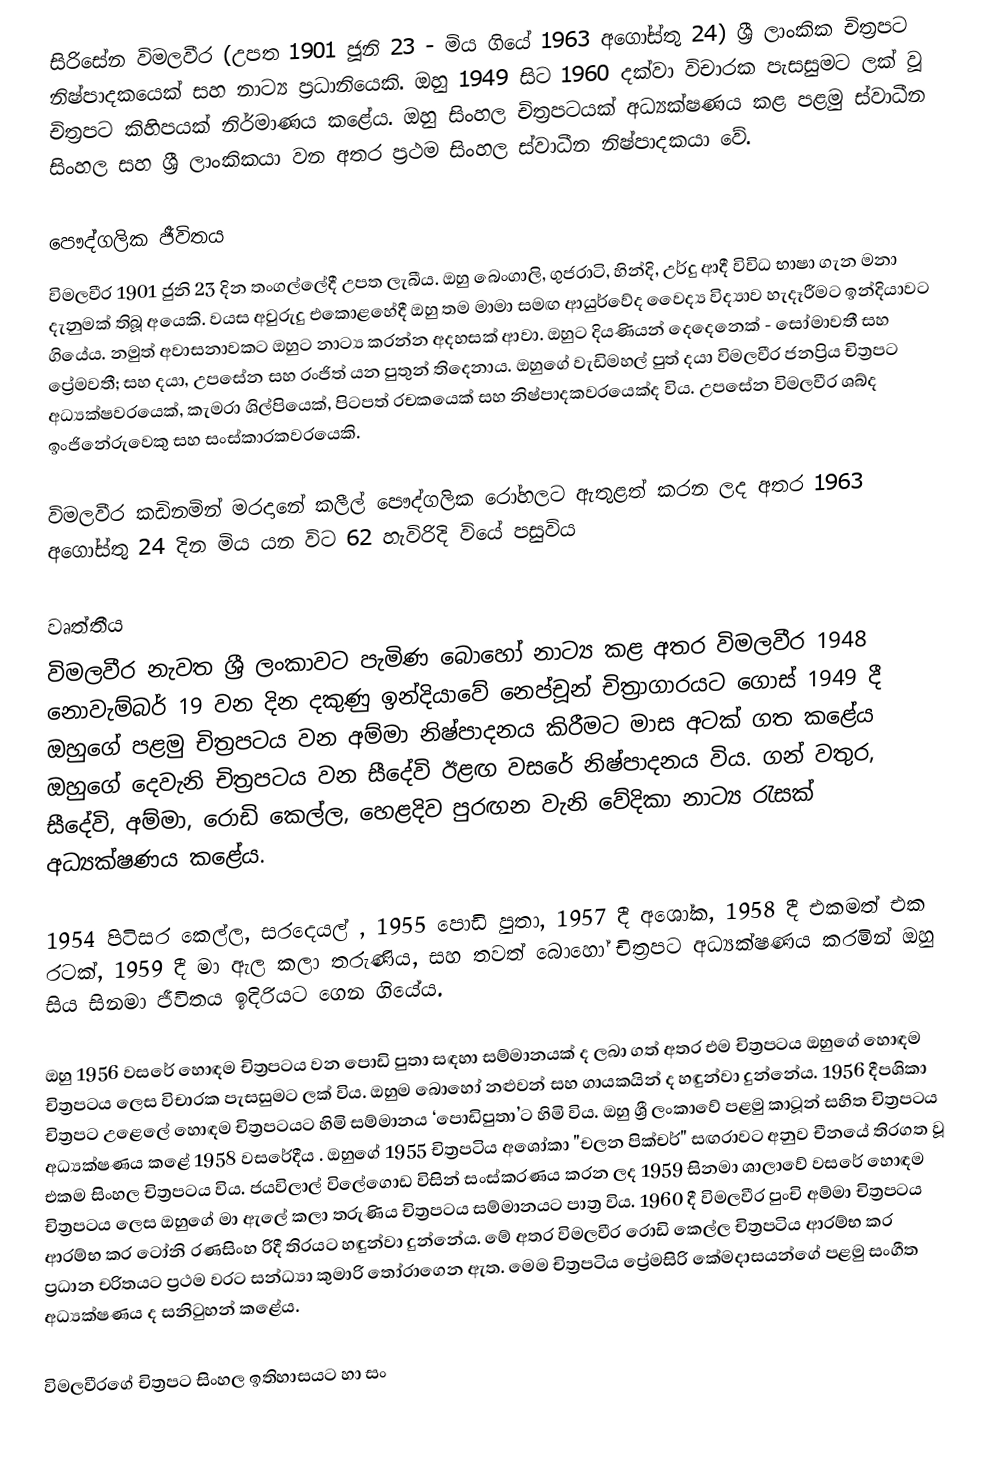
සිරිසේන විමලවීර (උපත 1901 ජූනි 23 - මිය ගියේ 1963 අගෝස්තු 24) ශ්‍රී ලාංකික චිත්‍රපට නිෂ්පාදකයෙක් සහ නාට්‍ය ප්‍රධානියෙකි. ඔහු 1949 සිට 1960 දක්වා විචාරක පැසසුමට ලක් වූ චිත්‍රපට කිහිපයක් නිර්මාණය කළේය. ඔහු සිංහල චිත්‍රපටයක් අධ්‍යක්ෂණය කළ පළමු ස්වාධීන සිංහල සහ ශ්‍රී ලාංකිකයා වන අතර ප්‍රථම සිංහල ස්වාධීන නිෂ්පාදකයා වේ.

පෞද්ගලික ජීවිතය
විමලවීර 1901 ජුනි 23 දින තංගල්ලේදී උපත ලැබීය. ඔහු බෙංගාලි, ගුජරාටි, හින්දි, උර්දු ආදී විවිධ භාෂා ගැන මනා දැනුමක් තිබූ අයෙකි. වයස අවුරුදු එකොළහේදී ඔහු තම මාමා සමඟ ආයුර්වේද වෛද්‍ය විද්‍යාව හැදෑරීමට ඉන්දියාවට ගියේය. නමුත් අවාසනාවකට ඔහුට නාට්‍ය කරන්න අදහසක් ආවා. ඔහුට දියණියන් දෙදෙනෙක් - සෝමාවතී සහ ප්‍රේමවතී; සහ දයා, උපසේන සහ රංජිත් යන පුතුන් තිදෙනාය.  ඔහුගේ වැඩිමහල් පුත් දයා විමලවීර ජනප්‍රිය චිත්‍රපට අධ්‍යක්ෂවරයෙක්, කැමරා ශිල්පියෙක්, පිටපත් රචකයෙක් සහ නිෂ්පාදකවරයෙක්ද විය. උපසේන විමලවීර ශබ්ද ඉංජිනේරුවෙකු සහ සංස්කාරකවරයෙකි.

විමලවීර කඩිනමින් මරදානේ කලීල් පෞද්ගලික රෝහලට ඇතුළත් කරන ලද අතර 1963 අගෝස්තු 24 දින මිය යන විට 62 හැවිරිදි වියේ පසුවිය

වෘත්තීය
විමලවීර නැවත ශ්‍රී ලංකාවට පැමිණ බොහෝ නාට්‍ය කළ අතර විමලවීර 1948 නොවැම්බර් 19 වන දින දකුණු ඉන්දියාවේ නෙප්චූන් චිත්‍රාගාරයට ගොස් 1949 දී ඔහුගේ පළමු චිත්‍රපටය වන අම්මා නිෂ්පාදනය කිරීමට මාස අටක් ගත කළේය  ඔහුගේ දෙවැනි චිත්‍රපටය වන සීදේවි ඊළඟ වසරේ නිෂ්පාදනය විය. ගන් වතුර, සීදේවි, අම්මා, රොඩි කෙල්ල, හෙළදිව පුරඟන වැනි වේදිකා නාට්‍ය රැසක් අධ්‍යක්ෂණය කළේය.

1954 පිටිසර කෙල්ල, සරදෙයල් , 1955 පොඩි පුතා, 1957 දී අශෝක, 1958 දී එකමත් එක රටක්, 1959 දී මා ඇල කලා තරුණිය, සහ තවත් බොහෝ චිත්‍රපට අධ්‍යක්ෂණය කරමින් ඔහු සිය සිනමා ජීවිතය ඉදිරියට ගෙන ගියේය.

ඔහු 1956 වසරේ හොඳම චිත්‍රපටය වන පොඩි පුතා සඳහා සම්මානයක් ද ලබා ගත් අතර එම චිත්‍රපටය ඔහුගේ හොඳම චිත්‍රපටය ලෙස විචාරක පැසසුමට ලක් විය. ඔහුම බොහෝ නළුවන් සහ ගායකයින් ද හඳුන්වා දුන්නේය.  1956 දීපශිකා චිත්‍රපට උළෙලේ හොඳම චිත්‍රපටයට හිමි සම්මානය ‘පොඩිපුතා’ට හිමි විය. ඔහු ශ්‍රී ලංකාවේ පළමු කාටූන් සහිත චිත්‍රපටය අධ්‍යක්ෂණය කළේ 1958 වසරේදීය . ඔහුගේ 1955 චිත්‍රපටිය අශෝකා "චලන පික්චර්" සඟරාවට අනුව චීනයේ තිරගත වූ එකම සිංහල චිත්‍රපටය විය. ජයවිලාල් විලේගොඩ විසින් සංස්කරණය කරන ලද 1959 සිනමා ශාලාවේ වසරේ හොඳම චිත්‍රපටය ලෙස ඔහුගේ මා ඇලේ කලා තරුණිය චිත්‍රපටය සම්මානයට පාත්‍ර විය. 1960 දී විමලවීර පුංචි අම්මා චිත්‍රපටය ආරම්භ කර ටෝනි රණසිංහ රිදී තිරයට හඳුන්වා දුන්නේය. මේ අතර විමලවීර රොඩි කෙල්ල චිත්‍රපටිය ආරම්භ කර ප්‍රධාන චරිතයට ප්‍රථම වරට සන්ධ්‍යා කුමාරි තෝරාගෙන ඇත. මෙම චිත්‍රපටිය ප්‍රේමසිරි කේමදාසයන්ගේ පළමු සංගීත අධ්‍යක්ෂණය ද සනිටුහන් කළේය.

විමලවීරගේ චිත්‍රපට සිංහල ඉතිහාසයට හා සං